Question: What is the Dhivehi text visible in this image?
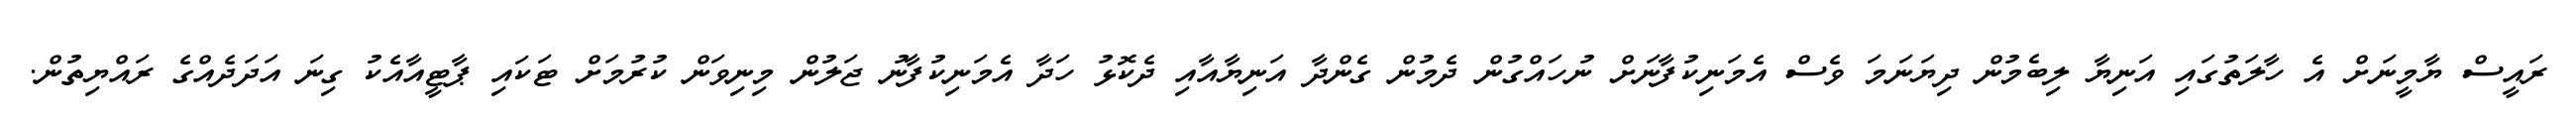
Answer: ރައީސް ޔާމީނަށް އެ ހާލަތުގައި އަނިޔާ ލިބެމުން ދިޔަނަމަ ވެސް އެމަނިކުފާނަށް ނުހައްގުން ދެމުން ގެންދާ އަނިޔާއާއި ދެކޮޅު ހަދާ އެމަނިކުފާނު ޖަލުން މިނިވަން ކުރުމަށް ޓަކައި ޕާޓީއާއެކު ގިނަ އަދަދެއްގެ ރައްޔިތުން.